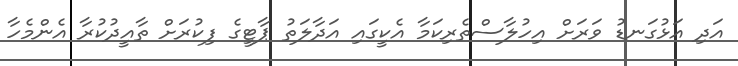
އަދި އަޅުގަނޑު ވަރަށް އިހުލާސްތެރިކަމާ އެކީގައި އަދާލަތު ޕާޓީގެ ފިކުރަށް ތާއީދުކުރާ އެންމެހާ